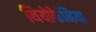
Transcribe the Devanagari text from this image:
थियोफेनिया